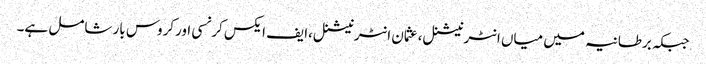
جبکہ برطانیہ میں میاں انٹرنیشنل،عثمان انٹرنیشنل،ایف ایکس کرنسی اورکروس بار شامل ہے۔